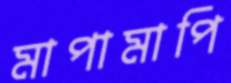
মাপামাপি